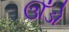
ઊઁડો